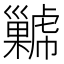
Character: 𢀋